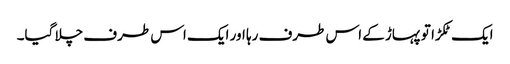
ایک ٹکڑا تو پہاڑ کے اس طرف رہا اور ایک اس طرف چلا گیا۔